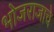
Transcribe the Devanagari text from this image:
भोजराजाचे